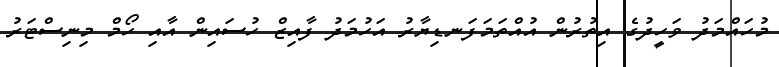
މުހައްމަދު ވަހީދުގެ އިތުރުން އުއްތަމަފަނޑިޔާރު އަހުމަދު ފާއިޒް ހުސައިން އާއި ހޯމް މިނިސްޓަރު